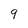
Character: 9